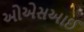
ઓએસઆઈ